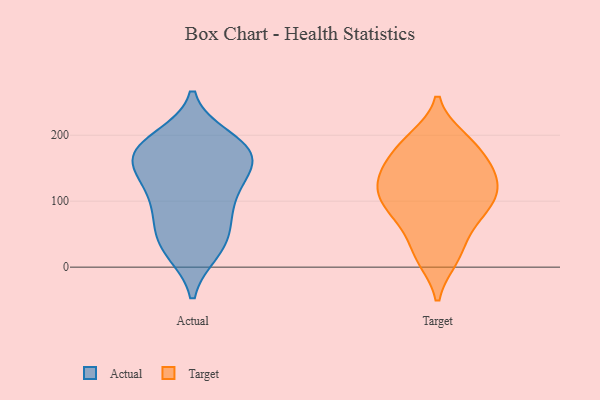
{"axis": {"x": "Active Users", "y": "Value"}, "legend": ["Actual", "Target"], "data": [{"x": "", "y": 157, "type": "Actual"}, {"x": "", "y": 179, "type": "Actual"}, {"x": "", "y": 176, "type": "Actual"}, {"x": "", "y": 34, "type": "Actual"}, {"x": "", "y": 93, "type": "Actual"}, {"x": "", "y": 78, "type": "Actual"}, {"x": "", "y": 132, "type": "Actual"}, {"x": "", "y": 169, "type": "Actual"}, {"x": "", "y": 31, "type": "Actual"}, {"x": "", "y": 182, "type": "Actual"}, {"x": "", "y": 172, "type": "Actual"}, {"x": "", "y": 132, "type": "Actual"}, {"x": "", "y": 25, "type": "Actual"}, {"x": "", "y": 63, "type": "Actual"}, {"x": "", "y": 194, "type": "Actual"}, {"x": "", "y": 115, "type": "Actual"}, {"x": "", "y": 13, "type": "Target"}, {"x": "", "y": 145, "type": "Target"}, {"x": "", "y": 192, "type": "Target"}, {"x": "", "y": 130, "type": "Target"}, {"x": "", "y": 186, "type": "Target"}, {"x": "", "y": 93, "type": "Target"}, {"x": "", "y": 165, "type": "Target"}, {"x": "", "y": 66, "type": "Target"}, {"x": "", "y": 140, "type": "Target"}, {"x": "", "y": 195, "type": "Target"}, {"x": "", "y": 153, "type": "Target"}, {"x": "", "y": 92, "type": "Target"}, {"x": "", "y": 13, "type": "Target"}, {"x": "", "y": 41, "type": "Target"}, {"x": "", "y": 104, "type": "Target"}, {"x": "", "y": 121, "type": "Target"}, {"x": "", "y": 81, "type": "Target"}, {"x": "", "y": 114, "type": "Target"}]}